Medical and sanitary report of the native army of Bengal for the year
Year: 1877
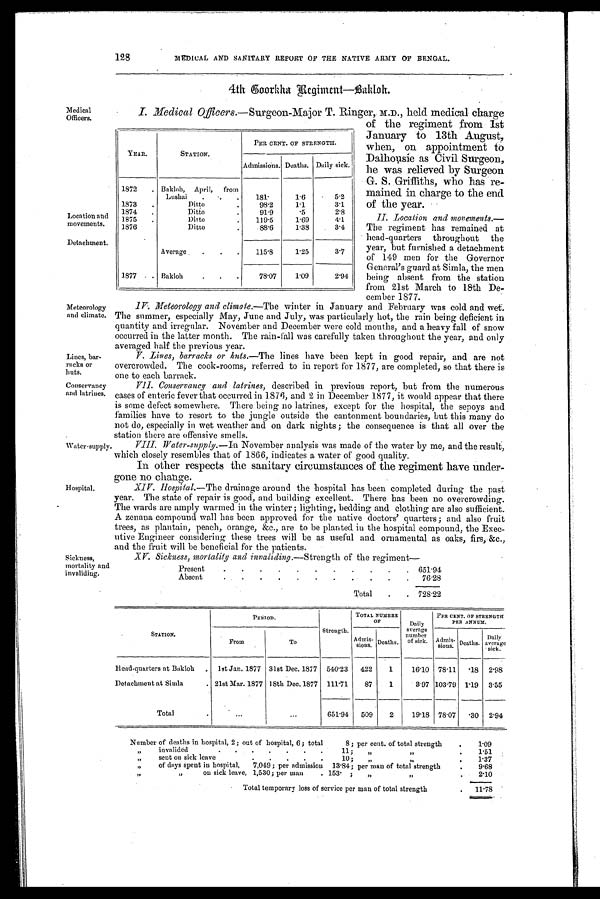
Medical
Officers.
Location and
movements.
Detachment.
Meteorology
and climate.
Lines, bar
racks or
huts.
Conservancy
and latrines.
Water-supply
Hospital,
Sickness,
mortality and
invaliding.
128
MEDICAL AND SANITARY REPORT OF THE NATIVE ARMY OF BENGAL.
4th Soorkha Regiment—Bakloh.
I. Medical Officers.—Surgeon-Major T. Ringer, M.D., held medical charge
of the regiment from 1st
January to 13th August,
when, on appointment to
Dalhousie as Civil Surgeon,
he was relieved by Surgeon
G. S. Griffiths, who has re
mained in charge to the end
of the year.
II. Location and movements.—
The regiment has remained at
head-quarters throughout the
year, but furnished a detachment
of 149 men for the Governor
General's guard at Simla, the men
being absent from the station
from 21st March to 18th De-
cember 1877.
IV. Meteorology and climate.— The winter in January and February was cold and wet.
The summer, especially May, June and July, was particularly hot, the rain being deficient in
quantity and irregular. November and December were cold months, and a heavy fall of snow
occurred in the latter month. The rain-fall was carefully taken throughout the year, and only
averaged half the previous year.
V. Lines, barracks or huts.—The lines have been kept in good repair, and are not
overcrowded. The cook-rooms, referred to in report for 1877, are completed, so that there is
one to each barrack.
VII. Conservancy and latrines, described in previous report, but from the numerous
cases of enteric fever that occurred in 1876, and 2 in December 1877, it would appear that there
is some defect somewhere. There being no latrines, except for the hospital, the sepoys and
families have to resort to the jungle outside the cantonment boundaries, but this many do
not do, especially in wet weather and on dark nights ; the consequence is that all over the
station there are offensive smells.
VIII. Water-supply.—In November analysis was made of the water by me, and the result,
which closely resembles that of 1866, indicates a water of good quality.
In other respects the sanitary circumstances of the regiment have under-
gone no change.
XIV. Hospital.— The drainage around the hospital has been completed during the past
year. The state of repair is good, and building excellent. There has been no overcrowding.
The wards are amply warmed in the winter ; lighting,bedding and clothing are also sufficient.
A zenana compound wal l has been approved f or t he nat i ve doct ors' quart ers ; and al so f rui t
trees, as plantain, peach, orange, &c., are to be planted in the hospital compound, the Exec-
utive Engineer considering these trees will be as useful and ornamental as oaks, firs, &c.,
and the fruit will be beneficial for the patients.
XV. Sickness. mortality and invaliding. —Strength of the regiment—
Present
.
.
.
.
.
.
.
.
.
.
. 651.94
Absent
.
.
.
.
.
.
.
.
.
.
76.28
Total
.
. 728.22
STATION.
PERIOD.
Strength.
TOTAL NUMBER
O F
Daily
average
number
of sick.
PER CENT. OF STRENGTH
PER ANNUAM.
From
To
A d m i s
s i o n s . Deaths.
A d m i s s i o n s . Deaths.
Daily
average
sick.
Head-quarters at Bakloh
. 1st Jan. 1877 31st Dec. 1877 540.23
422
1
16.10 78.11
.18 2.98
Detachment at Simla
. 21st Mar. 1877 18th Dec.1877 111.71
87
1
3.97 103.79 1.19 3.55
T o t a l
.
. . .
...
651.94
509
2
19.18 78.07 .30 2.94
Number of deaths in hospital, 2; out of hospital, 6 ; total
8 ; per cent. of total strength
.
1.09
„
invalided
.
.
.
.
.
.
.
11 ;
,,
„
„
.
1.51
„
sent on sick leave
.
.
.
.
.
10;
„
.
1.37
„
of days spent in hospital,
7,049; per admission 13.84; per man of total strength
.
9.68
„
„
on sick leave, 1,530; per man
. 153. ;
„
„
.
2.10
Total temporary loss of service per man of total strength
.
11.78
YEAR.
STATION.
PER CENT. OF STRENGTH.
Admissions. Deaths. Daily sick.
1872
. Bakloh, April, from
Lushai
.
.
181.
1.6
5.2
1873
.
Ditto
98.2
1.1
3.1
1874
.
Ditto
.
91.9
. 5
2.8
1875
.
Ditto
.
119.5
1.69
4.1
1876
Ditto
.
88.6
1 . 3 8
3.4
Average
.
.
.
115.8
1.25
3.7
1877 . . Bakloh
.
.
.
78.07
1.09
2.94